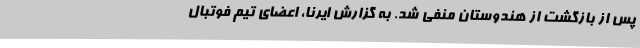
پس از بازگشت از هندوستان منفی شد. به گزارش ایرنا، اعضای تیم فوتبال